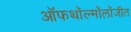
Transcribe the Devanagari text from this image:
ऑफथॉल्मॉलॉजीत